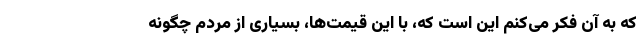
که به آن فکر می‌کنم این است که، با این قیمت‌ها، بسیاری از مردم چگونه